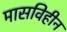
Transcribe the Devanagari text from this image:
मासविहीन